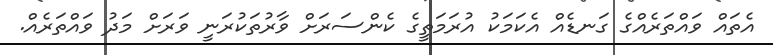
އެތައް ވައްތަރެއްގެ ގަނޑެއް އެކަމަކު އުރަމަތީގެ ކެންސަރަށް ވާރުތަކުރަނީ ވަރަށް މަދު ވައްތަރެއް.